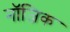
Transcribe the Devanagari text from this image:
नॉजिक